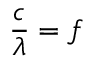
{ \frac { c } { \lambda } } = f